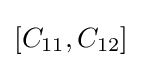
[C_{11},C_{12}]